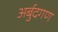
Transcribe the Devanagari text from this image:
अर्बुदगण